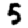
Digit: 5